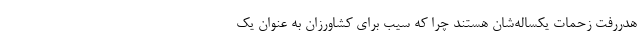
هدررفت زحمات یکساله‌شان هستند چرا که سیب برای کشاورزان به عنوان یک